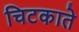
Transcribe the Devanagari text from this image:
चिटकाते